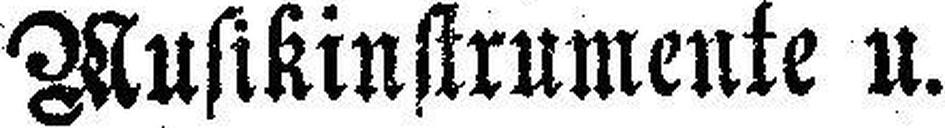
Musikinstrumente u.